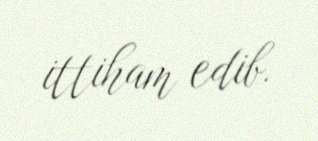
ittiham edib.